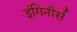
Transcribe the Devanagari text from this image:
इंगिनीर्स